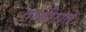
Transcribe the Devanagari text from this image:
ताजीराते